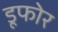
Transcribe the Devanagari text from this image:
डूफोर